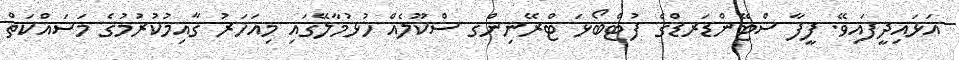
އަޅައިދީފައިވޭ. ފީފާ ސްޓޭންޑަރޑްގެ ފުޓްބޯޅަ ޓްރޭނިންގ ސްކޫލެއް ހުޅުމާލޭގައި މިއަހަރު ޤާއިމުކުރުމުގެ މަސައްކަތް